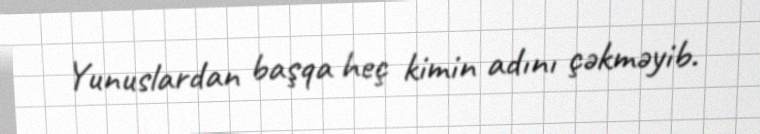
Yunuslardan başqa heç kimin adını çəkməyib.